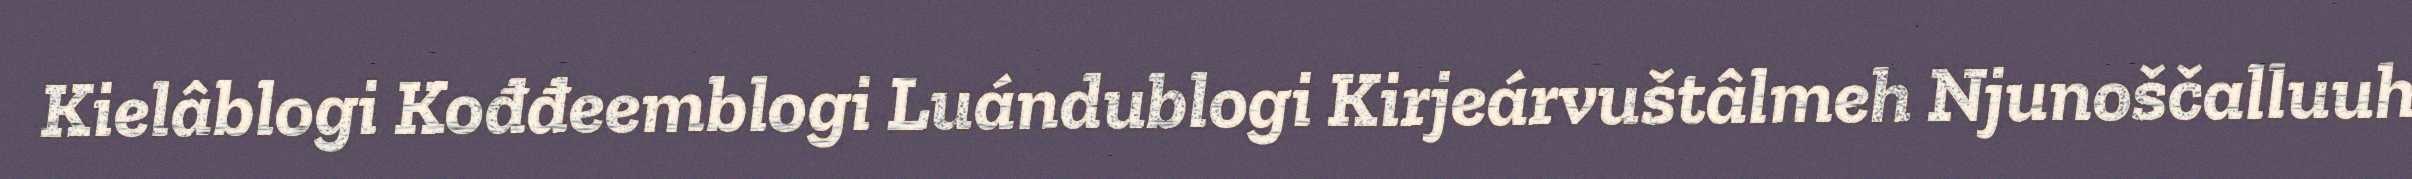
Kielâblogi Kođđeemblogi Luándublogi Kirjeárvuštâlmeh Njunoščalluuh